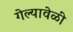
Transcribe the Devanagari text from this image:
गेल्यावेळीं